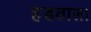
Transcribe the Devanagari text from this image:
हडताल।